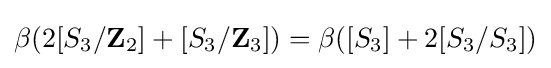
\beta (2[S_{3}/\mathbf {Z} _{2}]+[S_{3}/\mathbf {Z} _{3}])=\beta ([S_{3}]+2[S_{3}/S_{3}])